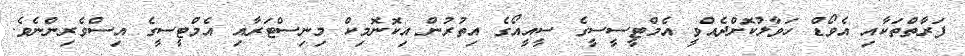
ފަރާތްތަކާއި އެވޯޑް ހަވާލުކޮށްދެއްވީ އެމްޓީސީސީގެ ސީއީއޯގެ އިތުރުން އިކޮނޮމިކް މިނިސްޓަރާއި އެމްޓީސީގެ އިސްވެރިންނެވެ.